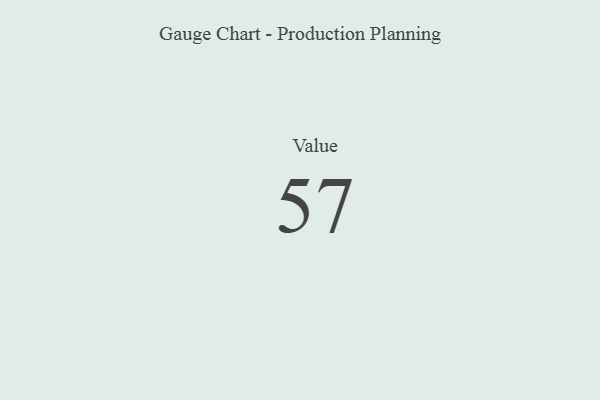
{"axis": {"x": "Metric", "y": "Value"}, "legend": [""], "data": [{"x": "Value", "y": 57, "type": ""}]}